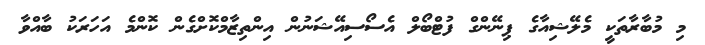
މި މުބާރާތަކީ މެލޭޝިއާގެ ޕިނޭންގް ފުޓްބޯލް އެސޯސިއޭޝަނުން އިންތިޒާމްކޮށްގެން ކޮންމެ އަހަރަކު ބާއްވާ